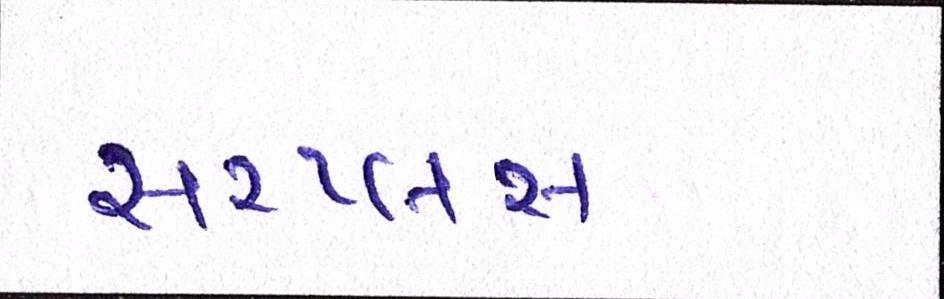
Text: સરપ્લસ